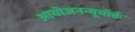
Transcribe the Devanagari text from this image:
आयोजनन्यूयॉर्क